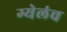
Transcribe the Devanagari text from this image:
ग्येलंच